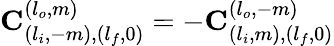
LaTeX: \mathbf{C}_{(l_{i},-m),(l_{f},0)}^{(l_{o},m)}=-\mathbf{C}_{(l_{i},m),(l_{f},0)}^{(l_{o},-m)}